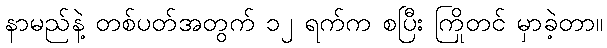
နာမည်နဲ့ တစ်ပတ်အတွက် ၁၂ ရက်က စပြီး ကြိုတင် မှာခဲ့တာ။